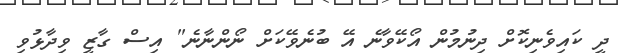
ދީ ކައިވެނިކޮށް ދިނުމުން އޯކޭވާނެ އޭ ބުނެވޭކަށް ނޯންނާނެ" އިސް ގާޒީ ވިދާޅުވި